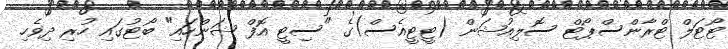
ޓޯޓަލް ޓްރާންސްޕޯޓް ސޮލިއުޝަން (ޓީޓީއެސް)ގެ "ސިޓީ އޮފް ޝަންހައި" ބޯޓުގައި ހުރި ދިވެހި